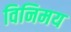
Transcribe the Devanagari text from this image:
विनिमय